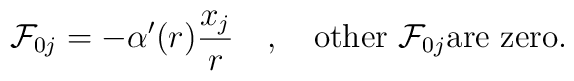
{\cal F}_{0j}=-\alpha'(r)\frac{x_j}r \quad,\quad \mbox{other ${\cal F}_{0j}$are zero}.